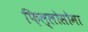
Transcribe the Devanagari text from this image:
फ़िल्लोसोमा